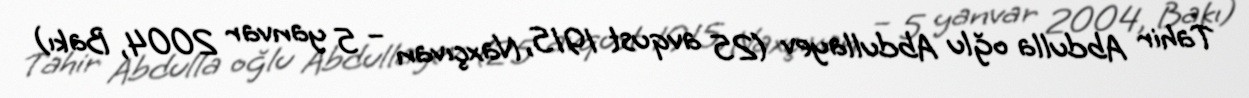
Tahir Abdulla oğlu Abdullayev (25 avqust 1915, Naxçıvan – 5 yanvar 2004, Bakı)